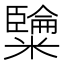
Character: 𥽐